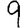
Digit: 9